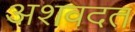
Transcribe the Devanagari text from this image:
अशवदत